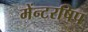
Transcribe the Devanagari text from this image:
मेंन्टरषिप